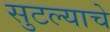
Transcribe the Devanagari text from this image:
सुटल्याचे